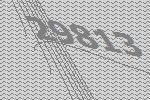
29813